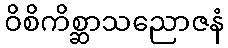
ဝိစိကိစ္ဆာသညောဇနံ